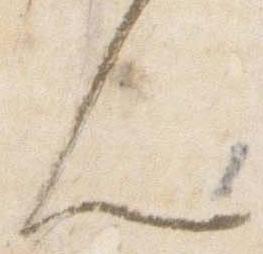
人